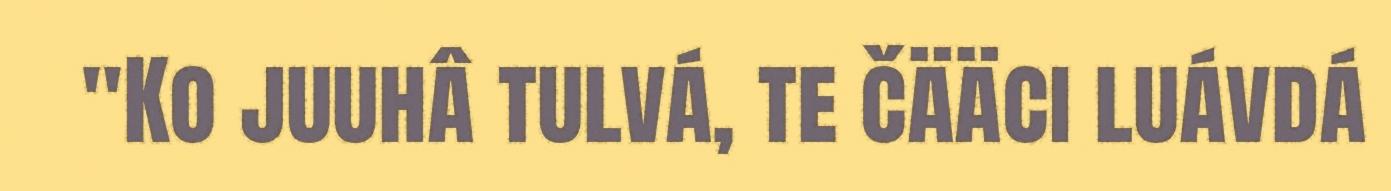
"Ko juuhâ tulvá, te čääci luávdá